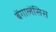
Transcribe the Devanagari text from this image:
बेंगालेंसिस